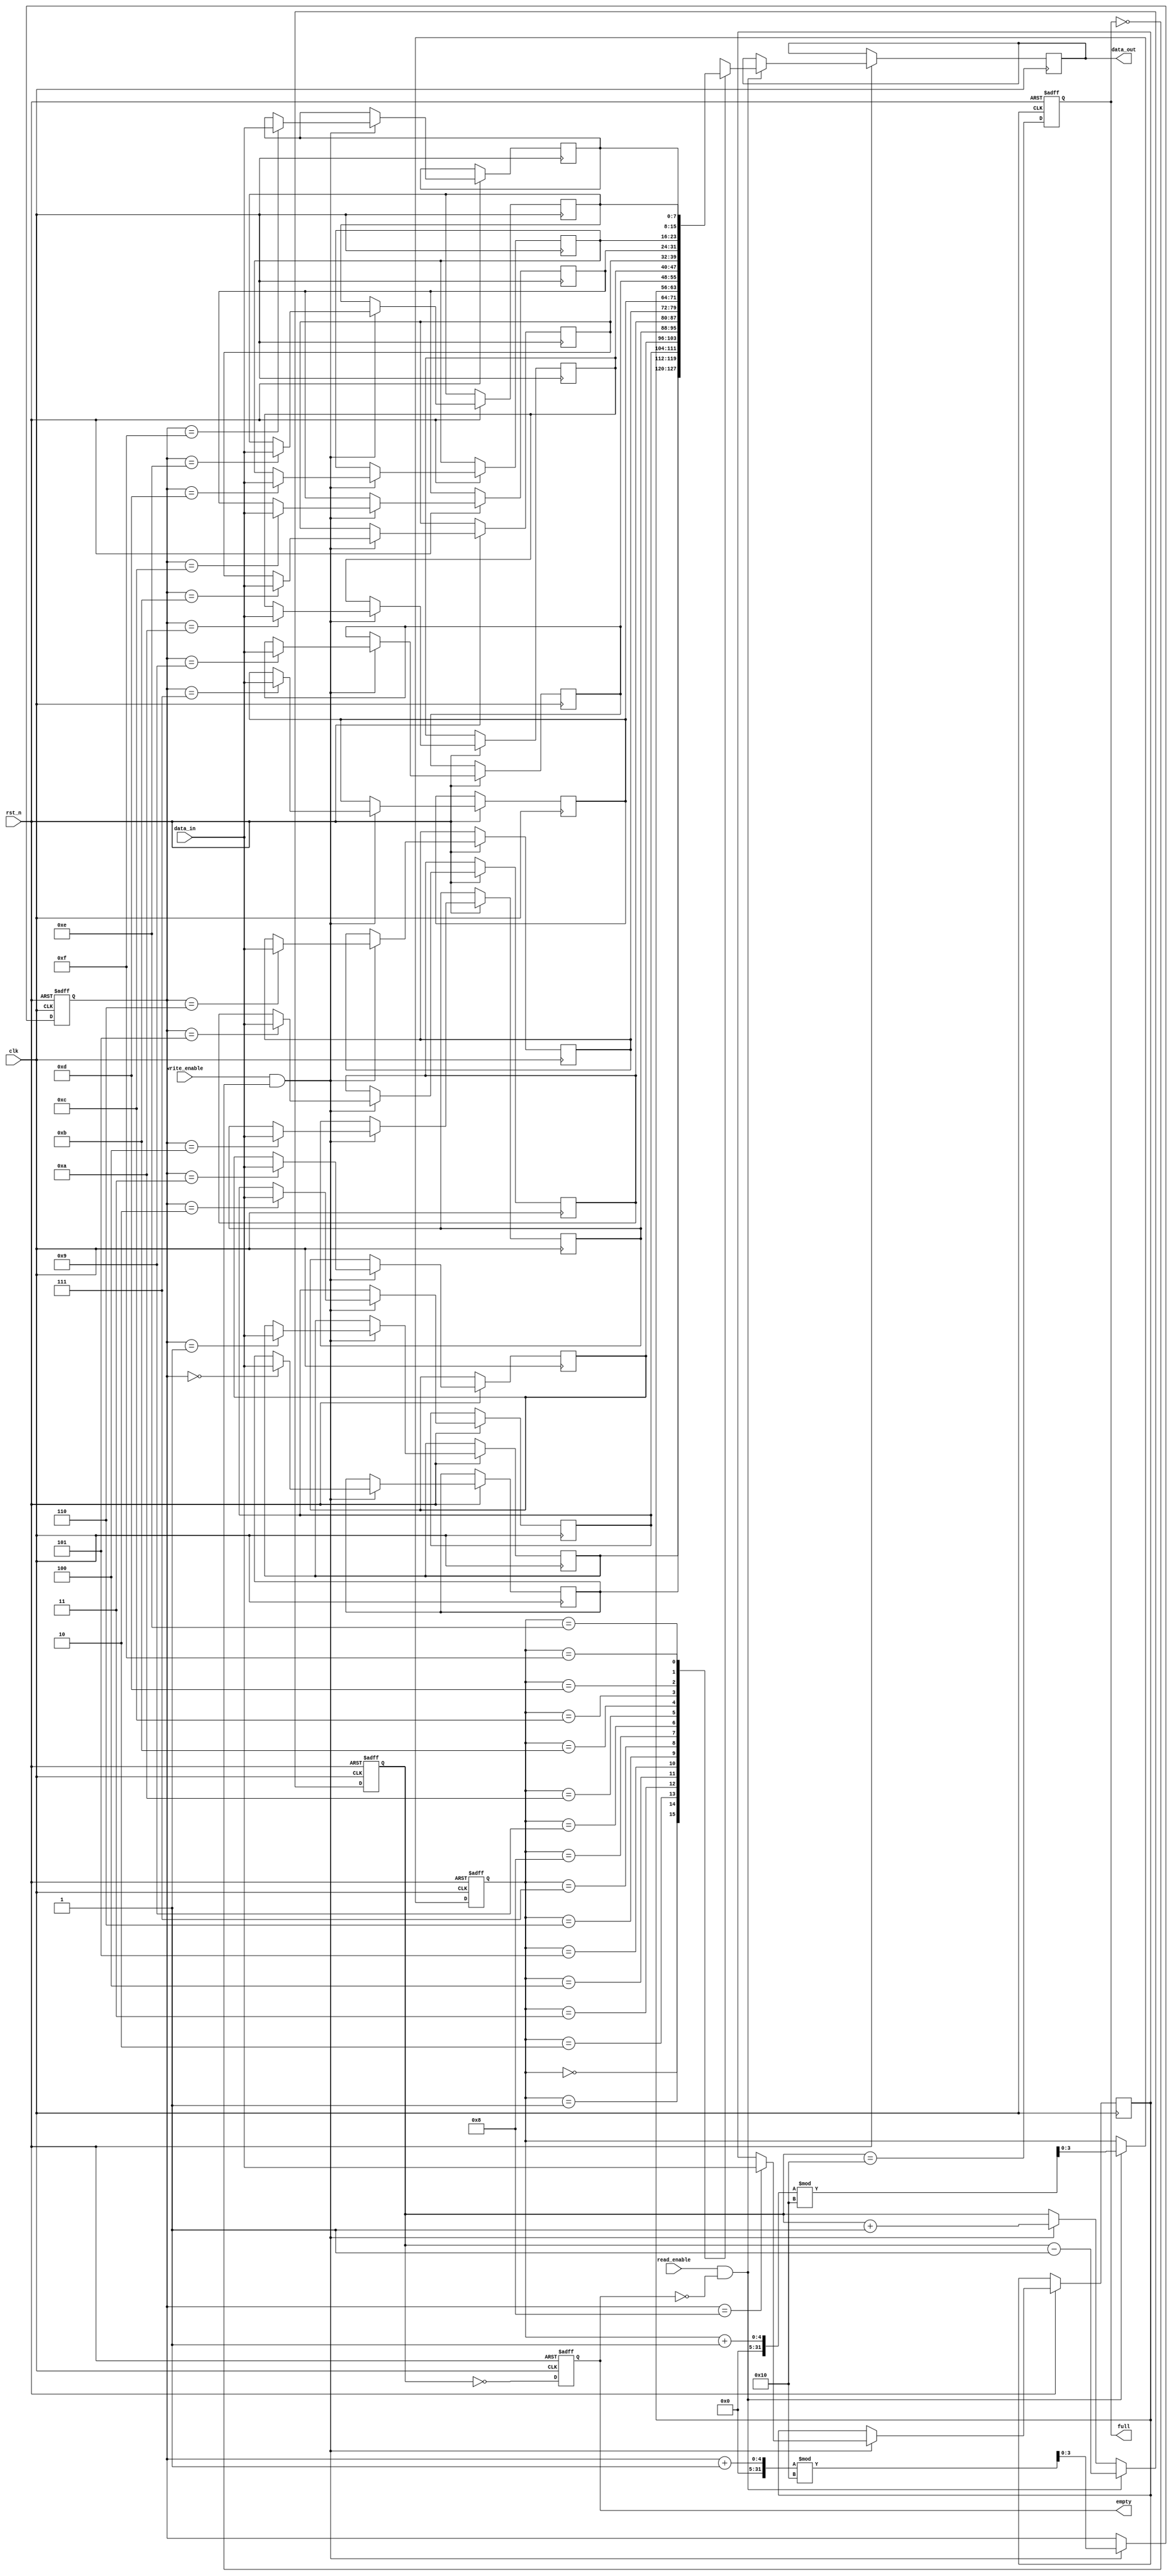
module parameterized_fifo #(
    parameter DATA_WIDTH = 8,                // Number of bits in each data entry
    parameter FIFO_DEPTH = 16                 // Total number of entries in the FIFO
) (
    input wire clk,                           // Clock signal
    input wire rst_n,                         // Active-low reset signal
    input wire write_enable,                  // Write enable signal
    input wire read_enable,                   // Read enable signal
    input wire [DATA_WIDTH-1 : 0] data_in,   // Input data to be written
    output reg [DATA_WIDTH-1 : 0] data_out,  // Output data read from the FIFO
    output reg full,                          // Full flag
    output reg empty                          // Empty flag
);

    localparam ADDR_WIDTH = $clog2(FIFO_DEPTH); // Address width for indexing the FIFO

    reg [DATA_WIDTH-1:0] fifo_mem [0:FIFO_DEPTH-1]; // Memory array
    reg [ADDR_WIDTH-1:0] read_ptr;                     // Read pointer
    reg [ADDR_WIDTH-1:0] write_ptr;                    // Write pointer
    reg [ADDR_WIDTH:0] count;                          // Count of entries in FIFO

    // Synchronous reset
    always @(posedge clk or negedge rst_n) begin
        if (!rst_n) begin
            read_ptr <= 0;
            write_ptr <= 0;
            count <= 0;
            full <= 0;
            empty <= 1;
        end else begin
            // Write operation
            if (write_enable && !full) begin
                fifo_mem[write_ptr] <= data_in; // Write data
                write_ptr <= (write_ptr + 1) % FIFO_DEPTH; // Increment write pointer
                count <= count + 1; // Increment count
            end

            // Read operation
            if (read_enable && !empty) begin
                data_out <= fifo_mem[read_ptr]; // Read data
                read_ptr <= (read_ptr + 1) % FIFO_DEPTH; // Increment read pointer
                count <= count - 1; // Decrement count
            end

            // Update status flags
            full <= (count == FIFO_DEPTH);
            empty <= (count == 0);
        end
    end

endmodule